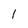
Character: I